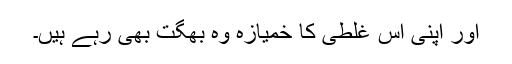
اور اپنی اس غلطی کا خمیازہ وہ بھگت بھی رہے ہیں۔